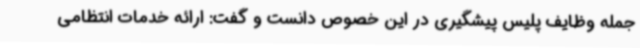
جمله وظایف پلیس پیشگیری در این خصوص دانست و گفت: ارائه خدمات انتظامی